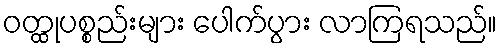
ဝတ္ထုပစ္စည်းများ ပေါက်ပွား လာကြရသည်။